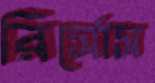
রির্সোস